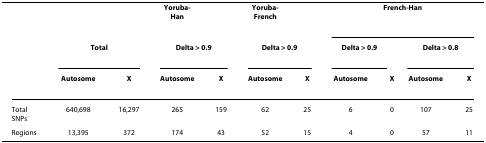
<table><thead><tr><td></td><td></td><td></td><td><b>Yoruba-Han</b></td><td></td><td><b>Yoruba-French</b></td><td></td><td colspan="4"><b>French-Han</b></td></tr><tr><td></td><td colspan="2"><b>Total</b></td><td colspan="2"><b>Delta &gt; 0.9</b></td><td colspan="2"><b>Delta &gt; 0.9</b></td><td colspan="2"><b>Delta &gt; 0.9</b></td><td colspan="2"><b>Delta &gt; 0.8</b></td></tr><tr><td></td><td><b>Autosome</b></td><td><b>X</b></td><td><b>Autosome</b></td><td><b>X</b></td><td><b>Autosome</b></td><td><b>X</b></td><td><b>Autosome</b></td><td><b>X</b></td><td><b>Autosome</b></td><td><b>X</b></td></tr></thead><tbody><tr><td>Total SNPs</td><td>640,698</td><td>16,297</td><td>265</td><td>159</td><td>62</td><td>25</td><td>6</td><td>0</td><td>107</td><td>25</td></tr><tr><td>Regions</td><td>13,395</td><td>372</td><td>174</td><td>43</td><td>52</td><td>15</td><td>4</td><td>0</td><td>57</td><td>11</td></tr></tbody></table>